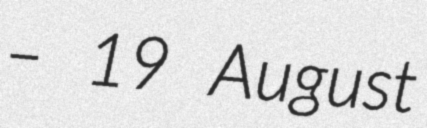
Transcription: – 19 August